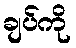
ချပ်ကို